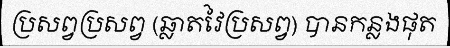
ប្រសព្វប្រសព្វ (ឆ្លាតវៃប្រសព្វ) បានកន្លងផុត